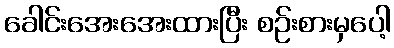
ခေါင်းအေးအေးထားပြီး စဉ်းစားမှပေါ့